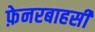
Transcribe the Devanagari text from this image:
फ़ेनरबाहसी